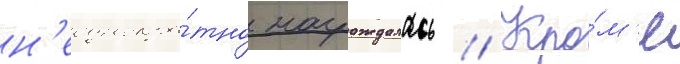
н'еоднокра́тно награждалась // Кро́м'е